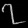
Digit: ၇